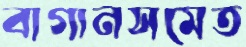
বাগানসমেত